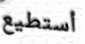
أستطيع